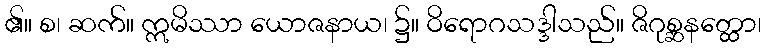
၏။ စ၊ ဆက်။ ဣမိဿာ ယောဇနာယ၊ ၌။ ဝိရောဂသဒ္ဒါသည်။ ဇိဂုစ္ဆနတ္ထော၊